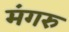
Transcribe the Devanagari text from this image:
मंगरु